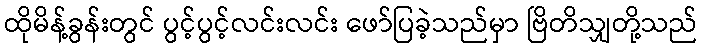
ထိုမိန့်ခွန်းတွင် ပွင့်ပွင့်လင်းလင်း ဖော်ပြခဲ့သည်မှာ ဗြိတိသျှတို့သည်